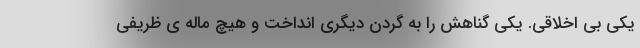
یکی بی اخلاقی. یکی گناهش را به گردن دیگری انداخت و هیچ ماله ی ظریفی